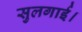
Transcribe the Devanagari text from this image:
सुलगाई।